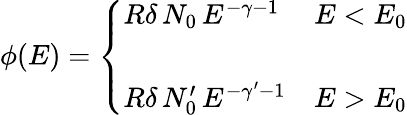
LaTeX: \phi(E)=\left\{ \begin{array}{ll}{{R\delta\, N_{0}\, E^{-\gamma-1}}}&{{E<E_{0}}}\\ {{}}&{{}}\\ {{R\delta\, N_{0}^{\prime}\, E^{-\gamma^{\prime}-1}}}&{{E>E_{0}}}\end{array}\right.